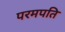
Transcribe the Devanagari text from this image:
परमपति